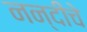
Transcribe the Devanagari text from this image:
नन्दीचे